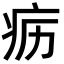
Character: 疬